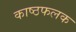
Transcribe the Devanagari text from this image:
काष्ठफलक